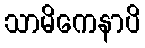
သာမိကေနာပိ